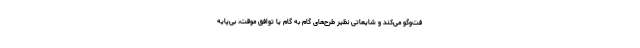
فت‌وگو می‌کند و شایعاتی نظیر طرح‌های گام به گام یا توافق موقت، بی‌پایه